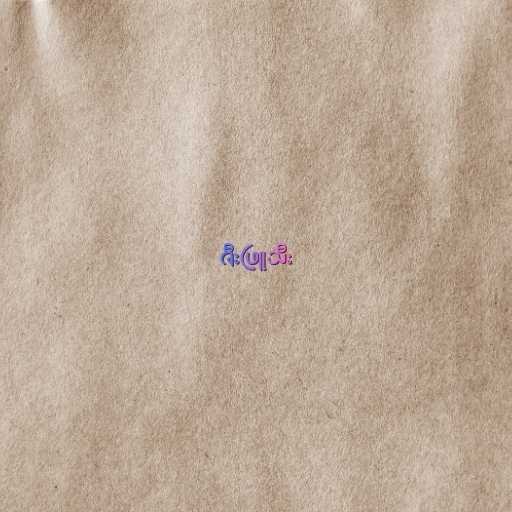
ဇီးဖြူသီး